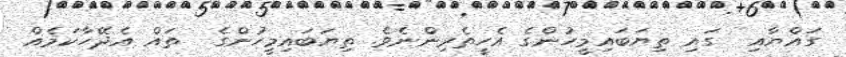
ގައްޔާއި  ގައި ތިޔަބައިމީހުންގެ އެހީތެރިންނެވެ. ތިޔަބައިމީހުންގެ  ތައް އެދޭހާކަމެއް